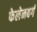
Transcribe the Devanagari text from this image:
फेलेनबर्ग